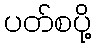
ပတ်စပို့